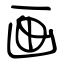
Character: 画